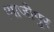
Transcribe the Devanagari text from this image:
।गाजीपुर